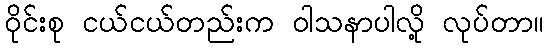
ဝိုင်းစု ငယ်ငယ်တည်းက ဝါသနာပါလို့ လုပ်တာ။